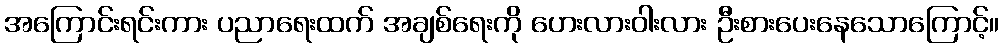
အကြောင်းရင်းကား ပညာရေးထက် အချစ်ရေးကို ဟေးလားဝါးလား ဦးစားပေးနေသောကြောင့်။